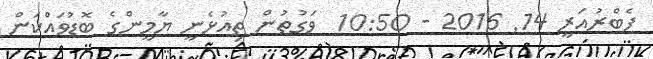
ފެބްރުއަރީ 14